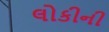
લોકીની